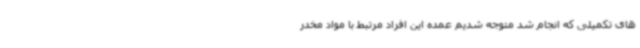
های تکمیلی که انجام شد متوجه شدیم عمده این افراد مرتبط با مواد مخدر